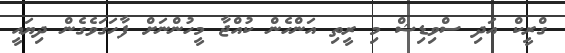
ގްރީކް އަދި ސްވިޑިޝް މި ރީތި އަންހެން ކުއްޖާ މީހުންނަށް ފާހަގަވެގެން ދިޔައީ